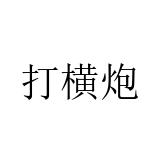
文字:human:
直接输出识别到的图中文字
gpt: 打横炮